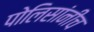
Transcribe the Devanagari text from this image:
पोलिसांनीच